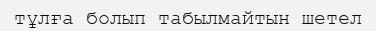
тұлға болып табылмайтын шетел